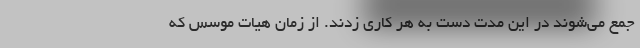
جمع می‌شوند در این مدت دست به هر کاری زدند. از زمان هیات موسس که